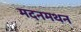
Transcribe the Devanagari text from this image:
मदनमथन